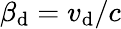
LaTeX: \beta_{\mathrm{d}}=v_{\mathrm{d}}/c